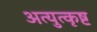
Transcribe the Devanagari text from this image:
अत्युुत्कृष्ट